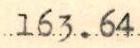
163.64